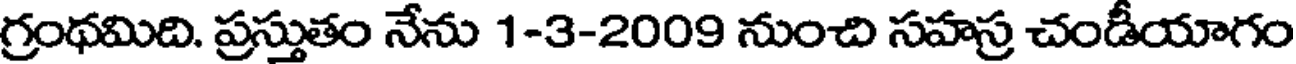
గ్రంథమిది. ప్రస్తుతం నేను 1-3-2009 నుంచి సహస్ర చండీయాగం